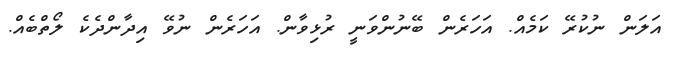
އަލަން ނުކުރޭ ކަމެއް. އަހަރެން ބޭނުންވަނީ ރުޅިވާން. އަހަރެން ނުވޭ އިދާންދެކެ ލޯތްބެއް.